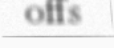
offs